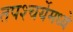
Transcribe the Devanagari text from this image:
तपश्चर्येमध्ये